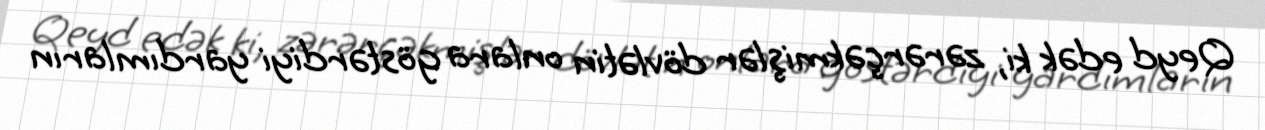
Qeyd edək ki, zərərçəkmişlər dövlətin onlara göstərdiyi yardımların